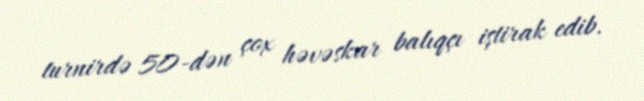
turnirdə 50-dən çox həvəskar balıqçı iştirak edib.